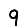
Digit: 9